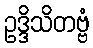
ဥဒ္ဒိသိတဗ္ဗံ